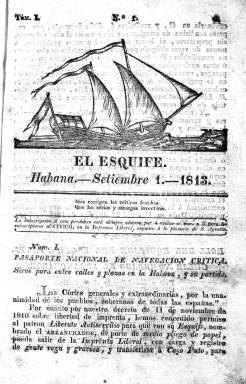
Título: El Esquife (Habana)
Colección: Periódicos anteriores a 1850
Ámbito geográfico: Cuba
Lugar de publicación: Habana
Fechas: 01/09/1813-24/05/1814

Este periódico nació en septiembre de 1813, al final del reinado de José Bonaparte y la invasión francesa de España. Como otras muchas publicaciones de la isla de Cuba, fue producto de la libertad de imprenta decretada en 1810 por las Cortes reunidas en Cádiz y del fuerte movimiento patriótico que suscitó la ocupación de España por Napoleón, aunque no faltaban ya entonces criollos independentistas.

  El esquife es una embarcación pequeña que suele llevar un barco para llegar a tierra o realizar otros servicios. El periódico tenía ese título, pero en su cabecera se puede ver el dibujo de una embarcación con velas que parece algo más grande que un esquife, por lo que posiblemente en Cuba tenía un significado más amplio.

 La publicación constaba normalmente de 4 páginas, aunque hay números de ocho y hasta de 12, y tenía una periodicidad irregular. Su contenido refleja una ideario liberal extremo pero con una vena satírica. Antes de la información propiamente dicha llevaba en su primera página el siguiente pareado: ‘Más corrigen las críticas festivas que las serias y amargas invectivas’.

  Como patrón de El Esquife figuraba un personaje de nombre sonoro y expresivo, Liberato Antiservilio, lo que revela el tono satírico de la publicación, que combatía a los considerados serviles, es decir, a aquellos que querían una vuelta al antiguo régimen. En la difusión de su ideario el periódico usa reiteradamente la metáfora de la navegación.

El anticlericalismo es uno de los rasgos más prominentes de la publicación. Sus ataques contra la Iglesia, la jerarquía eclesiástica y los frailes, pueden rastrearse por casi todos los números que se editaron. En una de sus embestidas, que no solían estar exentas de sorna, puede leerse: ‘Que no es lo mismo sudar pidiendo limosna que trabajando para comer’.

  El último número que posee la Biblioteca Nacional de El Esquife es el 69, correspondiente al 24 de mayo de 1814. Puede que se publicaran algunos más, pero en todo caso no es previsible que la publicación fuera mucho más allá porque el día 4 de ese mismo mes Fernando VII, de vuelta ya en España tras su cautiverio en Francia, decretó la supresión de la Constitución de Cádiz y restableció la monarquía absoluta. Seguramente la abolición de las libertades tardaría algo en llegar hasta Cuba y la América hispana en general, pero las consecuencias fueron las mismas que en España: la vuelta del absolutismo y la supresión de la libertad de prensa.

[Descripción publicada el 15/02/2023]